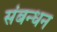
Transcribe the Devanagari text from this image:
संबन्धन